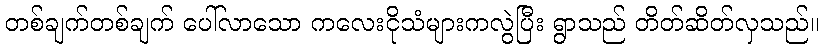
တစ်ချက်တစ်ချက် ပေါ်လာသော ကလေးငိုသံများကလွဲပြီး ရွာသည် တိတ်ဆိတ်လှသည်။